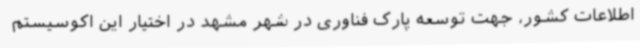
اطلاعات کشور، جهت توسعه پارک فناوری در شهر مشهد در اختیار این اکوسیستم